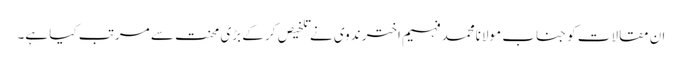
ان مقالات کو جناب مولانامحمد فہیم اختر ندوی نے تلخیص کر کے بڑی محنت سے مرتب کیا ہے۔